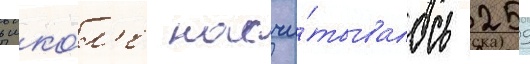
в шко́л'е насчи́тывалось 259